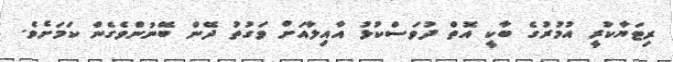
ރިޓަޔާކުރީ އުމުރުގެ ބާކީ އޮތް ދުވަސްކުޅު އާއިލާއަށް ވަގުތު ދޭން ބޭނުންވެގެން ކަމަށެވެ.